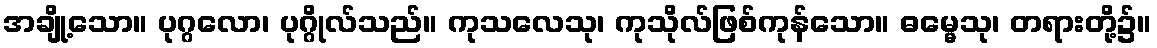
အချို့သော။ ပုဂ္ဂလော၊ ပုဂ္ဂိုလ်သည်။ ကုသလေသု၊ ကုသိုလ်ဖြစ်ကုန်သော။ ဓမ္မေသု၊ တရားတို့၌။